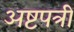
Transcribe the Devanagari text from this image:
अष्टपत्री